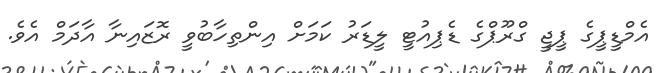
އެމްޑީޕީގެ ޕީޖީ ގްރޫޕްގެ ޑެޕިއުޓީ ލީޑަރު ކަމަށް އިންތިހާބުވީ ރޮޒައިނާ އާދަމް އެވެ.